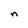
Character: n